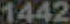
1442